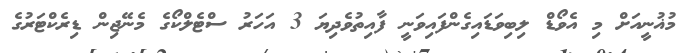
މުޣުނީއަށް މި އެވޯޑް ލިބިވަޑައިގެންފައިވަނީ ފާއިތުވެދިޔަ 3 އަހަރު ސްޓެލްކޯގެ މެނޭޖިން ޑިރެކްޓަރުގެ